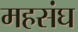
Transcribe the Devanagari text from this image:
महसंघ